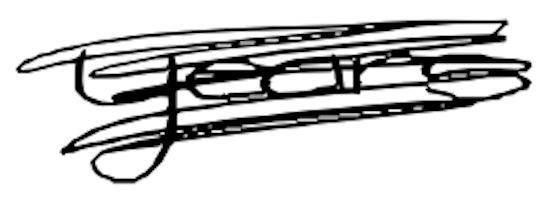
Text: years
Cross-out: scratch
Writing tool: digital_black